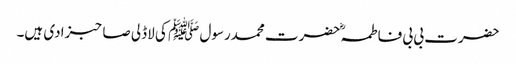
حضرت بی بی فاطمہؓ حضرت محمدرسول ﷺ کی لاڈلی صاحبزادی ہیں۔